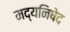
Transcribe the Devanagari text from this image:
मद्यनिषेद